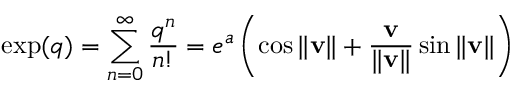
\exp ( q ) = \sum _ { n = 0 } ^ { \infty } { \frac { q ^ { n } } { n ! } } = e ^ { a } \left( \cos \| \mathbf { v } \| + { \frac { \mathbf { v } } { \| \mathbf { v } \| } } \sin \| \mathbf { v } \| \right) ~